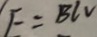
E = B l V